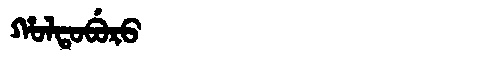
Manchu: ᡥᠣᠯᡨᠣᠪᡠᡵᠣ
Romanization: HOLTOBURO